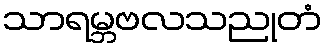
သာရမ္ဘဗလသညုတံ